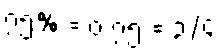
၇၅% = ၀.၇၅ = ၃/၄